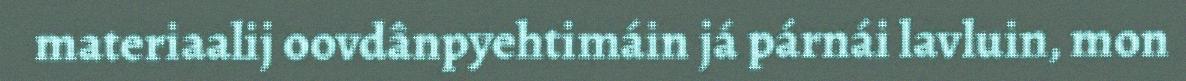
materiaalij oovdânpyehtimáin já párnái lavluin, mon